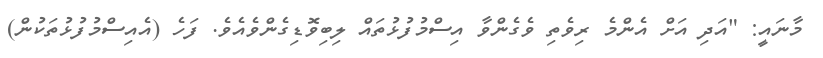
މާނައީ: "އަދި އަށް އެންމެ ރިވެތި ވެގެންވާ އިސްމުފުޅުތައް ލިބިވޮޑިގެންވެއެވެ. ފަހެ (އެއިސްމުފުޅުތަކުން)